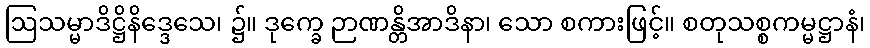
ဩသမ္မာဒိဋ္ဌိနိဒ္ဒေသေ၊ ၌။ ဒုက္ခေ ဉာဏန္တိအာဒိနာ၊ သော စကားဖြင့်။ စတုသစ္စကမ္မဋ္ဌာနံ၊